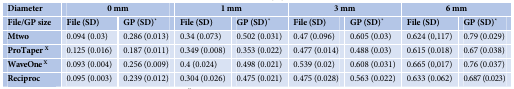
| Diameter | <COLSPAN=2> 0 mm | <COLSPAN=2> 1 mm | <COLSPAN=2> 3 mm | <COLSPAN=2> 6 mm |
 | --- | --- | --- | --- | --- | --- | --- | --- | --- |
 | File/GP size | File (SD) | GP (SD)* | File (SD) | GP (SD)* | File (SD) | GP (SD)* | File (SD) | GP (SD)* |
 | Mtwo | 0.094 (0.03) | 0.286 (0.013) | 0.34 (0.073) | 0.502 (0.031) | 0.47 (0.096) | 0.605 (0.03) | 0.624 (0,117) | 0.79 (0.029) |
 | ProTaper X | 0.125 (0.016) | 0.187 (0.011) | 0.349 (0.008) | 0.353 (0.022) | 0.477 (0.014) | 0.488 (0.03) | 0.615 (0.018) | 0.67 (0.038) |
 | WaveOne X | 0.093 (0.004) | 0.256 (0.009) | 0.4 (0.024) | 0.498 (0.021) | 0.539 (0.02) | 0.608 (0.031) | 0.665 (0,017) | 0.76 (0.037) |
 | Reciproc | 0.095 (0.003) | 0.239 (0.012) | 0.304 (0.026) | 0.475 (0.021) | 0.475 (0.028) | 0.563 (0.022) | 0.633 (0.062) | 0.687 (0.023) |